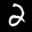
Label: 2